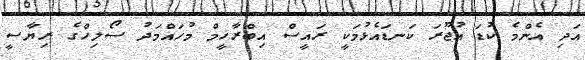
އަދި އެންމެ ކުޑަ އުޖޫރަ ކަނޑައެޅުމަކީ ރައީސް އިބްރާހީމް މުހައްމަދު ސޯލިހްގެ ރިޔާސީ